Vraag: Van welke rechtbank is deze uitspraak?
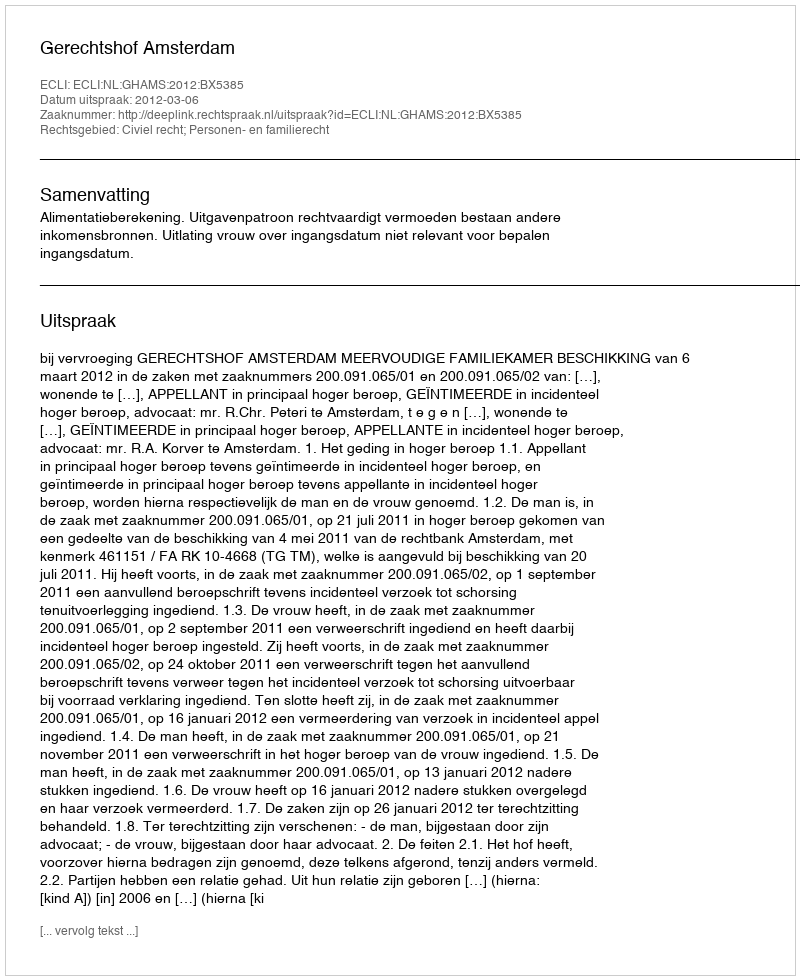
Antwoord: Gerechtshof Amsterdam